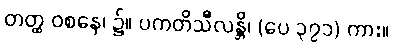
တတ္ထ ဝစနေ၊ ၌။ ပကတိသီလန္တိ၊ (ပေ ၃၇၁) ကား။